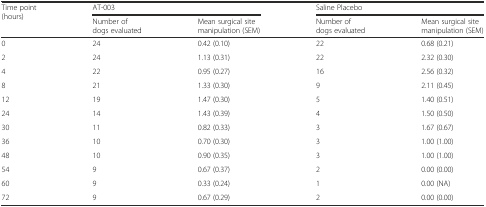
| <ROWSPAN=2> Time point (hours) | <COLSPAN=2> AT-003 | <COLSPAN=2> Saline Placebo |
 | Number of dogs evaluated | Mean surgical site manipulation (SEM) | Number of dogs evaluated | Mean surgical site manipulation (SEM) |
 | --- | --- | --- | --- | --- |
 | 0 | 24 | 0.42 (0.10) | 22 | 0.68 (0.21) |
 | 2 | 24 | 1.13 (0.31) | 22 | 2.32 (0.30) |
 | 4 | 22 | 0.95 (0.27) | 16 | 2.56 (0.32) |
 | 8 | 21 | 1.33 (0.30) | 9 | 2.11 (0.45) |
 | 12 | 19 | 1.47 (0.30) | 5 | 1.40 (0.51) |
 | 24 | 14 | 1.43 (0.39) | 4 | 1.50 (0.50) |
 | 30 | 11 | 0.82 (0.33) | 3 | 1.67 (0.67) |
 | 36 | 10 | 0.70 (0.30) | 3 | 1.00 (1.00) |
 | 48 | 10 | 0.90 (0.35) | 3 | 1.00 (1.00) |
 | 54 | 9 | 0.67 (0.37) | 2 | 0.00 (0.00) |
 | 60 | 9 | 0.33 (0.24) | 1 | 0.00 (NA) |
 | 72 | 9 | 0.67 (0.29) | 2 | 0.00 (0.00) |